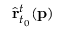
\hat { \mathbf { r } } _ { t _ { 0 } } ^ { t } ( \mathbf { p } )